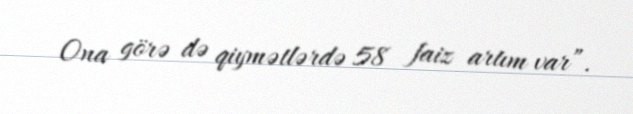
Ona görə də qiymətlərdə 58 faiz artım var”.